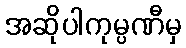
အဆိုပါကုမ္ပဏီမှ